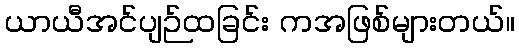
ယာယီအင်ပျဉ်ထခြင်း ကအဖြစ်များတယ်။